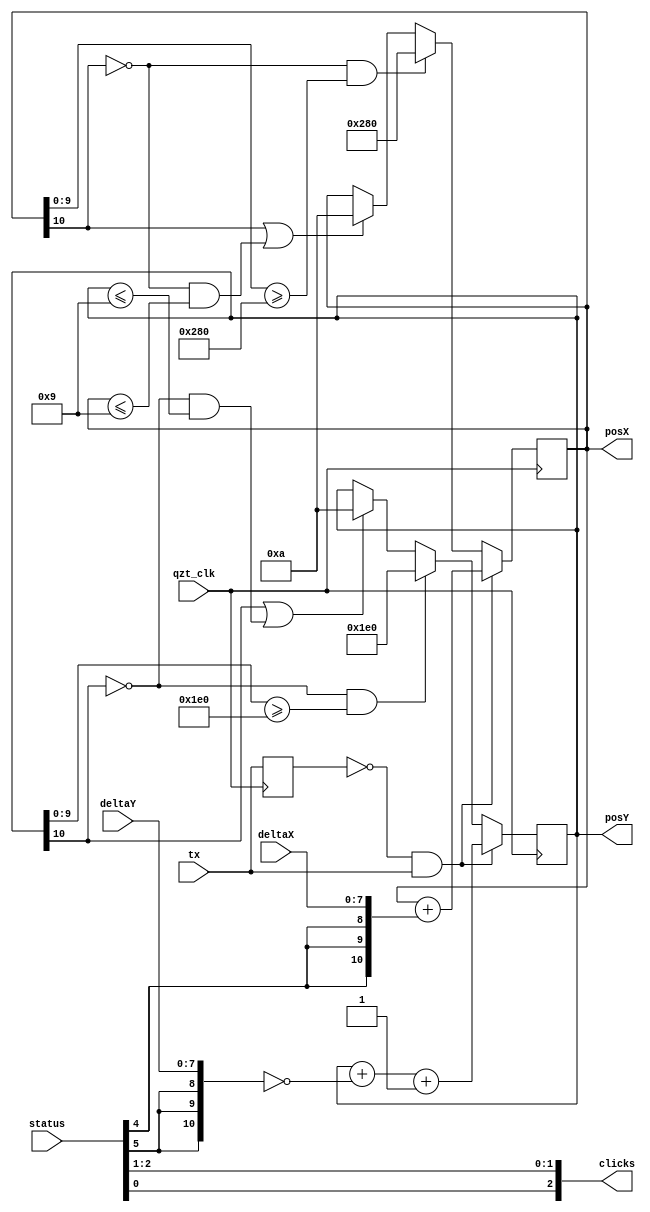
`timescale 1ns / 1ps
/*
	Treat the data coming from PS2_comm to have a position on the screen. and 
click. Data from the mouse are in 2'complement so easily summable. the only 
other thing is to set the boxes of the screen. For the clicks I just extract
and reordered them from status.
*/
module mouse_data_management(
		qzt_clk,
		status,
		deltaX,
		deltaY,
		tx,
		
		posX,
		posY,
		clicks
    );

input qzt_clk;
input [7:0] status;
input [7:0] deltaX;
input [7:0] deltaY;
input tx;
		
output reg 	[10:0] 	posX=11'd0;
output reg 	[10:0] 	posY=11'd0;
output 		[2:0] 	clicks;

reg tx_old;

// output clicks net has the clicks in the orther:
// {2:LEFT (0), 1:MIDDLE (2), 3:RIGHT (1)}
// <pos> ::= <pos_in_clicks>':'<pos_physical>' '<pos_in_status> 
assign clicks = {status[0], status[2], status[1]};

always @ (posedge qzt_clk) begin
	if (!tx_old & tx) begin
		posX<=posX+{{3{status[4]}},deltaX};
		posY<=posY+ ~{{3{status[5]}},deltaY} + 1;
	end else begin
		/* screen limits respected and the pointer doesn't disappear.
		*/
		if (posX[10] || (!posX[10] && posX<=11'd9))	posX<=11'd10;
		if (!posX[10] && posX[9:0]>=11'd640)			posX<=11'd640;
		if (posY[10] || (!posY[10] && posY<=11'd9))	posY<=11'd10;
		if (!posY[10] && posY[9:0]>=11'd480)			posY<=11'd480;
		/*
		if (posX[9])				posX<=posX + 10'd640;
		if (posX>=10'd639)	posX<=posX + (~ 10'd640) + 1;
		if (posY[9])				posY<=posY + 10'd480;
		if (posY>=10'd479)	posY<=posY + (~ 10'd480) + 1;
		*/
	end
	tx_old<=tx;
end

/*
		if (BTN_EAST == 1)
		begin
			x_pos = x_pos + 1;
		end
		else if (BTN_WEST == 1)
		begin
			x_pos = x_pos - 1;
		end
		else if (BTN_NORTH == 1)
		begin
			y_pos = y_pos - 1;
		end
		else if (BTN_SOUTH == 1)
		begin
			y_pos = y_pos + 1;
		end
		
		if (x_pos >= 'd640)
			x_pos = 1;
		if (y_pos >= 'd480)
			y_pos = 1;
		if (x_pos <= 'd0)
			x_pos = 640;
		if (y_pos <= 'd0)
			y_pos = 480;
		
*/

endmodule